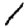
Digit: 1